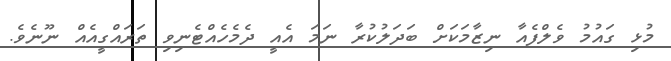
މުޅި ގައުމު ވެލްފެއާ ނިޒާމަކަށް ބަދަލުކުރާ ނަމަ އެއީ ދެމެހެއްޓެނިވި ތަރައްގީއެއް ނޫނެވެ.